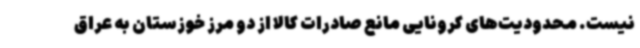
نیست. محدودیت‌های کرونایی مانع صادرات کالا از دو مرز خوزستان به عراق